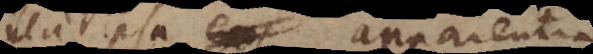
illa ipsa apparentia